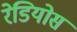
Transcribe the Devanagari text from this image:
रेडियोस